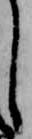
し